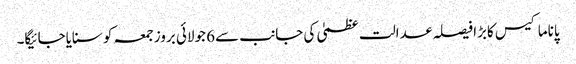
پاناما کیس کابڑا فیصلہ عدالت عظمیٰ کی جانب سے6 جولائی بروزجمعہ کو سنایاجائیگا۔